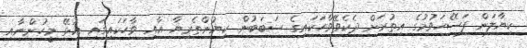
ކިޔާލަން ފަސޭހަވުމުގެ އިތުރަށް ދެކެވޭވާހަކައިގެ ސަބަބުން ކިޔުންތެރިޔާ އާއި ވާހަކައިގައި އުޅޭ މީހުންނާއި